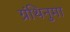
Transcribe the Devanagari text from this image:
ग्रंथिनुमा